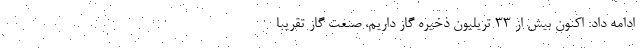
ادامه داد: اکنون بیش از ۳۳ تریلیون ذخیره گاز داریم، صنعت گاز تقریباً